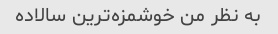
به نظر من خوشمزه‌ترین سالاده